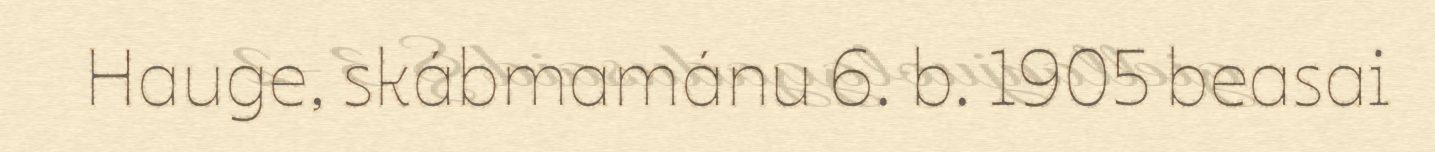
Hauge, skábmamánu 6. b. 1905 beasai